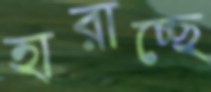
হারাচ্ছে